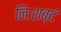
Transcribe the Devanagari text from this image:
निःशब्दं